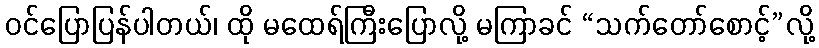
ဝင်ပြောပြန်ပါတယ်၊ ထို မထေရ်ကြီးပြောလို့ မကြာခင် “သက်တော်စောင့်”လို့